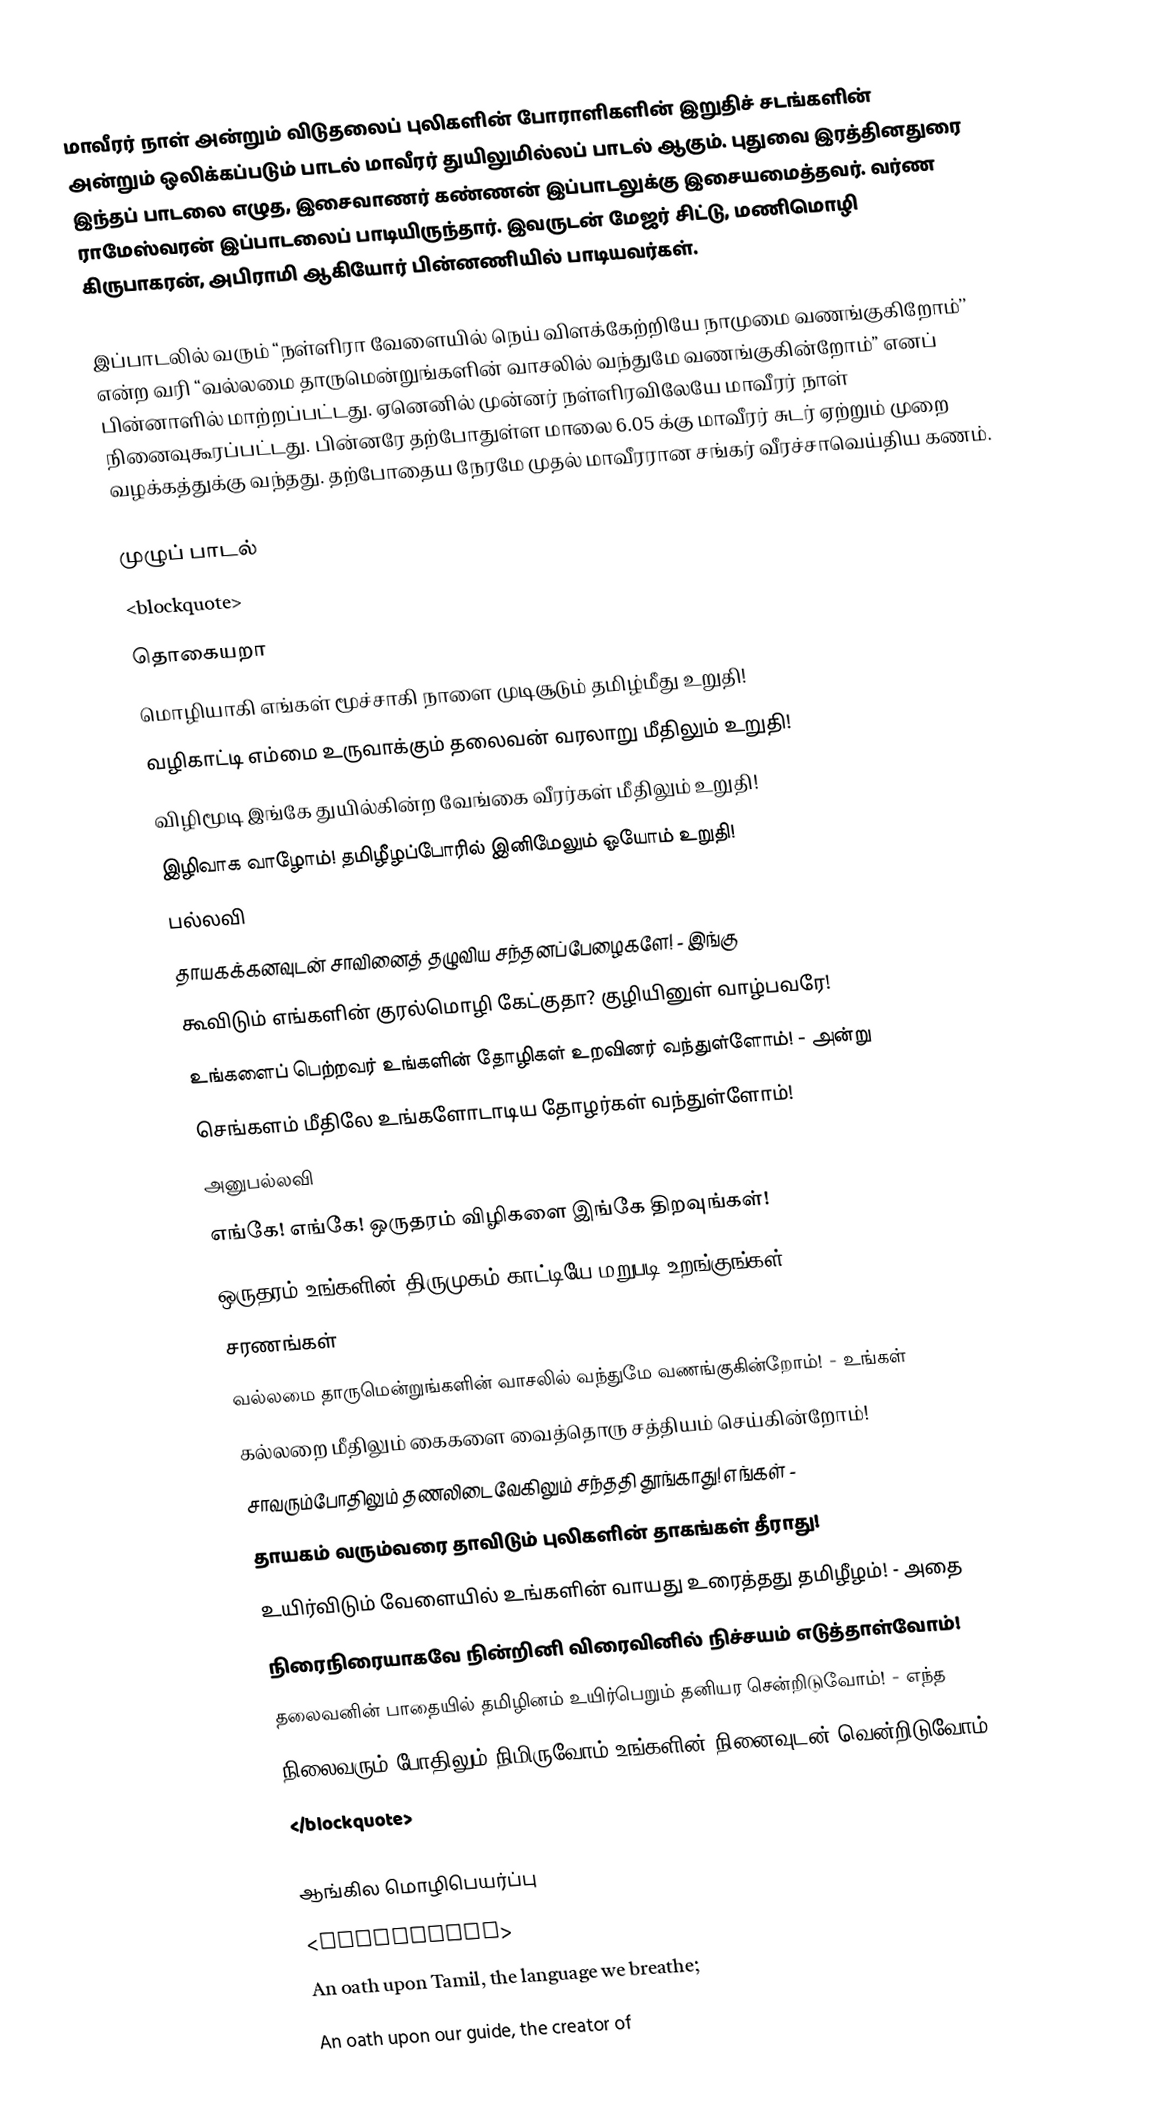
மாவீரர் நாள் அன்றும் விடுதலைப் புலிகளின் போராளிகளின் இறுதிச் சடங்களின் அன்றும் ஒலிக்கப்படும் பாடல் மாவீரர் துயிலுமில்லப் பாடல் ஆகும். புதுவை இரத்தினதுரை இந்தப் பாடலை எழுத, இசைவாணர் கண்ணன் இப்பாடலுக்கு இசையமைத்தவர். வர்ண ராமேஸ்வரன் இப்பாடலைப் பாடியிருந்தார். இவருடன் மேஜர் சிட்டு, மணிமொழி கிருபாகரன், அபிராமி ஆகியோர் பின்னணியில் பாடியவர்கள்.

இப்பாடலில் வரும் ‘‘நள்ளிரா வேளையில் நெய் விளக்கேற்றியே நாமுமை வணங்குகிறோம்’’ என்ற வரி ‘‘வல்லமை தாருமென்றுங்களின் வாசலில் வந்துமே வணங்குகின்றோம்’’ எனப் பின்னாளில் மாற்றப்பட்டது. ஏனெனில் முன்னர் நள்ளிரவிலேயே மாவீரர் நாள் நினைவுகூரப்பட்டது. பின்னரே தற்போதுள்ள மாலை 6.05 க்கு மாவீரர் சுடர் ஏற்றும் முறை வழக்கத்துக்கு வந்தது. தற்போதைய நேரமே முதல் மாவீரரான சங்கர் வீரச்சாவெய்திய கணம்.

முழுப் பாடல்
<blockquote>
தொகையறா
மொழியாகி எங்கள் மூச்சாகி நாளை முடிசூடும் தமிழ்மீது உறுதி!
வழிகாட்டி எம்மை உருவாக்கும் தலைவன் வரலாறு மீதிலும் உறுதி!
விழிமூடி இங்கே துயில்கின்ற வேங்கை வீரர்கள் மீதிலும் உறுதி!
இழிவாக வாழோம்! தமிழீழப்போரில் இனிமேலும் ஓயோம் உறுதி!
பல்லவி
தாயகக்கனவுடன் சாவினைத் தழுவிய சந்தனப்பேழைகளே! - இங்கு
கூவிடும் எங்களின் குரல்மொழி கேட்குதா? குழியினுள் வாழ்பவரே!
உங்களைப் பெற்றவர் உங்களின் தோழிகள் உறவினர் வந்துள்ளோம்! - அன்று
செங்களம் மீதிலே உங்களோடாடிய தோழர்கள் வந்துள்ளோம்!
அனுபல்லவி
எங்கே! எங்கே! ஒருதரம் விழிகளை இங்கே திறவுங்கள்!
ஒருதரம் உங்களின் திருமுகம் காட்டியே மறுபடி உறங்குங்கள்!
சரணங்கள்
வல்லமை தாருமென்றுங்களின் வாசலில் வந்துமே வணங்குகின்றோம்! - உங்கள்
கல்லறை மீதிலும் கைகளை வைத்தொரு சத்தியம் செய்கின்றோம்!
சாவரும்போதிலும் தணலிடைவேகிலும் சந்ததி தூங்காது! எங்கள் -
தாயகம் வரும்வரை தாவிடும் புலிகளின் தாகங்கள் தீராது!
உயிர்விடும் வேளையில் உங்களின் வாயது உரைத்தது தமிழீழம்! - அதை
நிரைநிரையாகவே நின்றினி விரைவினில் நிச்சயம் எடுத்தாள்வோம்!
தலைவனின் பாதையில் தமிழினம் உயிர்பெறும் தனியர சென்றிடுவோம்! - எந்த
நிலைவரும் போதிலும் நிமிருவோம் உங்களின் நினைவுடன் வென்றிடுவோம்!
</blockquote>

ஆங்கில மொழிபெயர்ப்பு
<blockquote>
⁣An oath upon Tamil, the language we breathe;
An oath upon our guide, the creator of